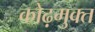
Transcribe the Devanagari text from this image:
कोढ़मुक्त